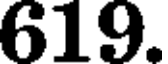
619.